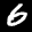
Label: 6